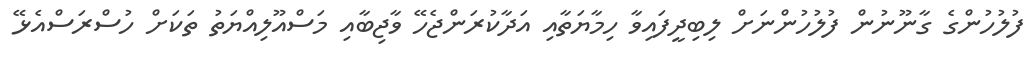
ފުލުހުންގެ ގާނޫނުން ފުލުހުންނަށް ލިބިދީފައިވާ ހިމާޔަތާއި އަދާކުރަންޖެހޭ ވާޖިބާއި މަސްއޫލިއްޔަތު ތަކަށް ހުސްރަސްއެޅޭ